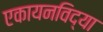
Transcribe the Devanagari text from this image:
एकायनविद्या